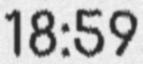
18:59